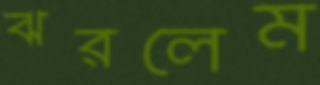
ঝরলেম